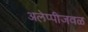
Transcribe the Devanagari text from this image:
अलेप्पीजवळ